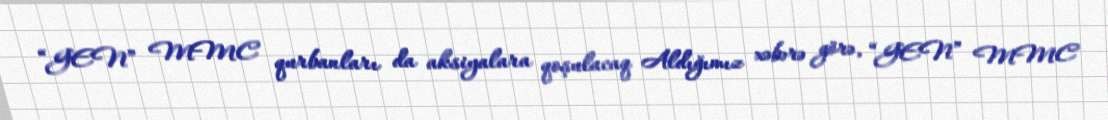
“GEN” MMC qurbanları da aksiyalara qoşulacaq Aldığımız xəbərə görə, “GEN” MMC